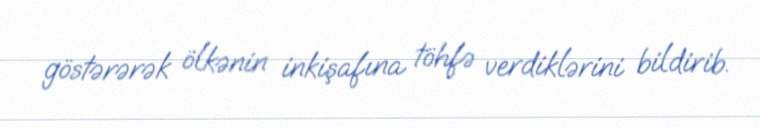
göstərərək ölkənin inkişafına töhfə verdiklərini bildirib.